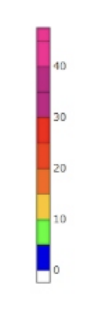
Blue: 0 to 5
Green: 5 to 10
Yellow: 10 to 15
Orange: 15 to 20
Dark Orange: 20 to 25
Red: 25 to 30
Magenta: 30 to 40
Pink: 40 to 48